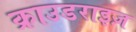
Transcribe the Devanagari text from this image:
क्राउडराइज़